Report on vaccination in Madras 1922-1929 - 1922-1929
Year: 1922
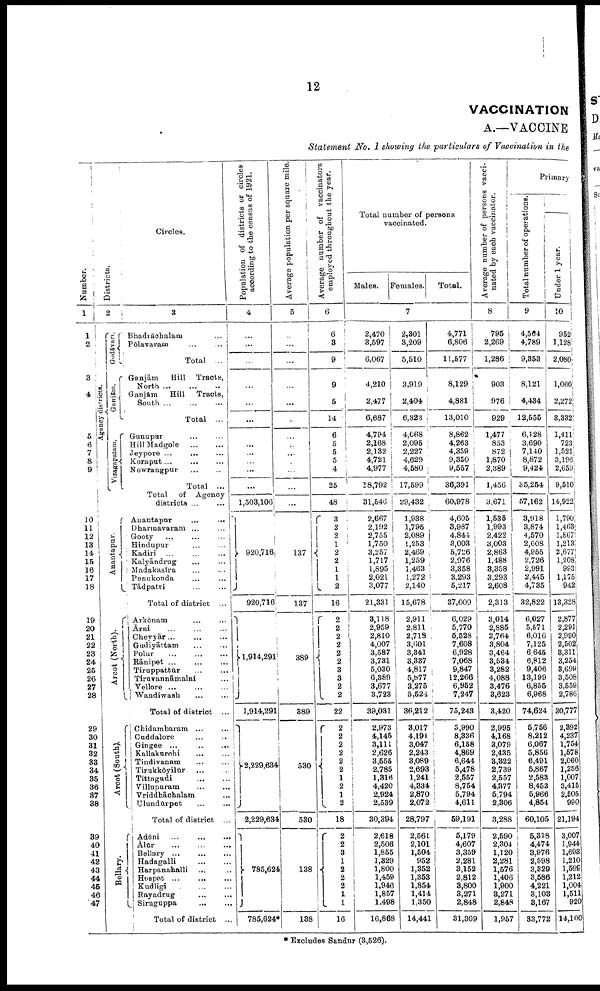
12
VACCINATION
A.—VACCINE
Statement No. 1 showing the particulars of Vaccination in the
Number.
1
1
2
3
4
5
6
7
8
9
10
11
12
13
14
15
16
17
18
19
20
21
22
23
24
25
26
27
28
29
30
31
32
33
34
35
36
37
38
39
40
41
42
43
44
45
46
47
Districts.
2
Agency districts.
Gōdāvari.
Ganjām.
Vizagapatam.
Anantapur.
Arcot (North).
Arcot (South).
Bellary.
Circles.
3
Bhadrāchalam ...
Pōlavaram ... ...
Total ...
Ganjām
Hill Tracts,
North
...
...
...
Ganjām
Hill
Tracts,
South
...
...
...
Total ...
Gunupur ... ...
Hill Madgole
...
...
Jeypore ... ... ...
Koraput
...
...
...
Nowrangpur ... ...
Total ...
Total of Agency
districts ... ...
Anantapur ... ...
Dharmavaram ... ...
Gooty ... ... ...
Hindupur ... ...
Kadiri ... ... ...
Kalyāndrug ... ...
Madakasīra ... ...
Penukonda ... ...
Tādpatri ...
...
Total of district ...
Arkōnam
...
...
Ārni
...
...
...
Cheyyār ... ...
Gudiyāttam ... ...
Polur
...
...
...
Rānipet ... ... ...
Tiruppattūr ... ...
Tiruvannāmalai ...
Vellore
...
...
...
Wandiwash
...
...
Total of district ...
Chidambaram ... ... ...
Cuddalore
...
...
Gingee
...
...
...
Kallakurchi
...
...
Tindivanam
...
...
Tirukkoyilūr
...
...
Tittagudi
...
...
Villupuram
...
...
Vriddhāchalam ...
Ulundūrpet
...
...
Total of district ...
Adōni
...
...
...
Ālūr
...
...
...
Bellary
...
...
...
Hadagalli ... ...
Harpanahalli ... ...
Hospet ... ... ...
Kudligi
...
...
Rayadrug
...
...
Siruguppa
...
...
Total of district ...
Population of districts or circles
according to the census of 1921.
4
...
...
...
...
...
...
...
...
...
...
...
...
1,503,106
920,716
920,716
1,914,291
1,914,291
2,229,634
2,229,634
785,624
785,624*
Average population per square mile.
5
...
...
...
...
...
...
...
...
...
...
...
...
...
137
137
389
389
530
530
138
138
Average number of vaccinators
employed throughout the year.
6
6
3
9
9
5
14
6
5
5
5
4
25
48
3
2
2
1
2
2
1
1
2
16
2
2
2
2
2
2
3
3
2
2
22
2
2
2
2
2
2
1
2
1
2
18
2
2
3
1
2
2
2
1
1
16
Total number of persons
vaccinated.
Males. Females.
Total.
7
2,470
3,597
6,067
4,210
2,477
6,687
4,794
2,168
2,132
4,721
4,977
18,792
31,646
2,667
2,192
2,755
1,750
3,257
1,717
1,895
2,021
3,077
21,331
3,118
2,959
2,810
4,007
3,587
3,731
5,030
6,389
3,677
3,723
39,031
2,973
4,145
3,111
2,626
3,555
2,785
1,316
4,420
2,924
2,539
30,394
2,618
2,506
1,855
1,329
1,800
1,459
1,946
1,857
1,498
16,868
2,301
3,209
5,510
3,919
2,404
6,323
4,068
2,095
2,227
4,629
4,580
17,599
29,432
1,938
1,795
2,089
1,253
2,469
1,259
1,463
1,272
2,140
15,678
2,911
2,811
2,718
3,601
3,341
3,337
4,817
5,877
3,275
3,524
36,212
3,017
4,191
3,047
2,243
3,089
2,693
1,241
4,334
2,870
2,072
28,797
2,561
2,101
1,504
952
1,352
1,353
1,854
1,414
1,350
14,441
4,771
6,806
11,577
8,129
4,881
13,010
8,862
4,263
4,359
9,350
9,557
36,391
60,978
4,605
3,987
4,844
3,003
5,726
2,976
3,358
3,293
5,217
37,009
6,029
5,770
5,528
7,608
6,928
7,068
9,847
12,266
6,952
7,247
75,243
5,990
8,336
6,158
4,869
6,644
5,478
2,557
8,754
5,794
4,611
59,191
5,179
4,607
3,359
2,281
3,152
2,812
3,800
3,271
2,848
31,309
Average number of persons vacci
nated by each vaccinator.
8
795
2,269
1,286
903
976
929
1,477
853
872
1,870
2,389
1,456
3,671
1,535
1,993
2,422
3,003
2,863
1,488
3,358
3,293
2,608
2,313
3,014
2,885
2,764
3,804
3,464
3,534
3,282
4,088
3,476
3,623
3,420
2,995
4,168
3,079
2,435
3,322
2,739
2,557
4,377
5,794
2,306
3,288
2,590
2,304
1,120
2,281
1,576
1,406
1,900
3,271
2,848
1,957
Primary
Total number of operations.
9
4,564
4,789
9,353
8,121
4,434
12,555
6,128
3,690
7,140
8,872
9,424
35,254
57,162
3,918
3,874
4,570
2,608
4,955
2,726
2,991
2,445
4,735
32,822
6,027
5,571
6,016
7,125
6,645
6,812
9,406
13,199
6,855
6,968
74,624
5,756
8,212
6,067
5,856
6,491
5,867
2,583
8,453
5,966
4,854
60,105
5,318
4,474
3,976
2,598
3,329
3,586
4,221
3,103
3,167
33,772
Under 1 year.
10
952
1,128
2,080
1,060
2,272
3,332
l,411
723
1,621
3,196
2,659
9,510
14,922
1,790
1,463
1,867
1,213
2,677
1,208
993
1,175
942
13,328
2,877
2,291
2,990
2,502
3,311
3,254
3,699
3,508
3,559
2,786
30,777
2,392
4,237
1,754
1,578
2,060
1,256
1,007
3,415
2,505
990
21,194
3,007
1,944
1,693
1,210
1,599
1,212
1,004
1,511
920
14,100
* Excludes Sandur (3,526).